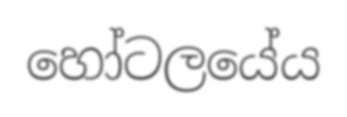
හෝටලයේය